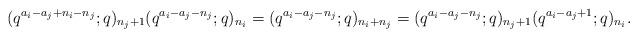
LaTeX: \begin{align*}(q^{a_i-a_j+n_i-n_j};q)_{n_j+1}(q^{a_i-a_j-n_j};q)_{n_i}=(q^{a_i-a_j-n_j};q)_{n_i+n_j}=(q^{a_i-a_j-n_j};q)_{n_j+1}(q^{a_i-a_j+1};q)_{n_i}.\end{align*}